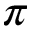
\pi